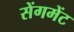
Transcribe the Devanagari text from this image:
सेंगमेंट